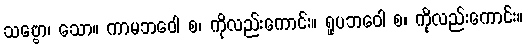
သဗ္ဗော၊ သော။ ကာမဘဝေါ စ၊ ကိုလည်းကောင်း။ ရူပဘဝေါ စ၊ ကိုလည်းကောင်း။